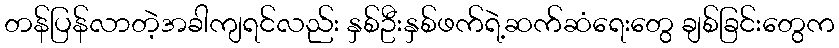
တန်ပြန်လာတဲ့အခါကျရင်လည်း နှစ်ဦးနှစ်ဖက်ရဲ့ဆက်ဆံရေးတွေ ချစ်ခြင်းတွေက